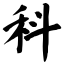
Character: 料